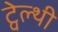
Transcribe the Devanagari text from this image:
ट्वेल्‍थी